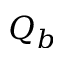
Q _ { b }